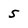
Character: 5